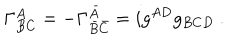
\Gamma _ { B C } ^ { A } = - \Gamma _ { \bar { B } \bar { C } } ^ { \bar { A } } = i g ^ { A D } g _ { B C D } \ .